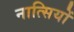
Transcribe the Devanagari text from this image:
नात्सियों